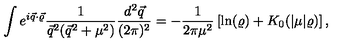
\int e ^ { i \vec { q } \cdot \vec { \varrho } } \frac { 1 } { \vec { q } ^ { 2 } ( \vec { q } ^ { 2 } + \mu ^ { 2 } ) } \frac { d ^ { 2 } \vec { q } } { ( 2 \pi ) ^ { 2 } } = - \frac { 1 } { 2 \pi \mu ^ { 2 } } \left[ \ln ( \varrho ) + K _ { 0 } ( | \mu | \varrho ) \right] ,